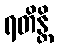
ရတိန္တိ